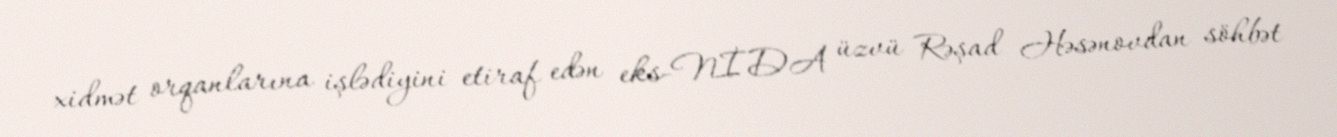
xidmət orqanlarına işlədiyini etiraf edən eks-NİDA üzvü Rəşad Həsənovdan söhbət